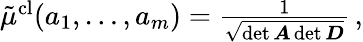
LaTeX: \begin{array}{r}{\tilde{\mu}^{\mathrm{cl}}(a_{1},\dots,a_{m})=\frac{1}{\sqrt{\operatorname*{det}\boldsymbol{A}\operatorname*{det}\boldsymbol{D}}}\, ,}\end{array}